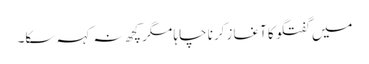
میں گفتگو کا آغاز کرنا چاہا مگر کچھ نہ کہہ سکا۔